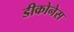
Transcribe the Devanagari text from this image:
डीकोनेस